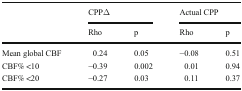
<table><thead><tr><td rowspan="2"></td><td colspan="2"><b>CPPΔ</b></td><td colspan="2"><b>Actual CPP</b></td></tr><tr><td><b>Rho</b></td><td><b>p</b></td><td><b>Rho</b></td><td><b>p</b></td></tr></thead><tbody><tr><td>Mean global CBF</td><td>0.24</td><td>0.05</td><td>−0.08</td><td>0.51</td></tr><tr><td>CBF% &lt;10</td><td>−0.39</td><td>0.002</td><td>0.01</td><td>0.94</td></tr><tr><td>CBF% &lt;20</td><td>−0.27</td><td>0.03</td><td>0.11</td><td>0.37</td></tr></tbody></table>